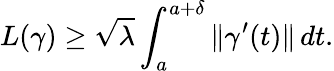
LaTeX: L(\gamma)\geq{\sqrt{\lambda}}\int_{a}^{a+\delta}\| \gamma^{\prime}(t)\| \, dt.